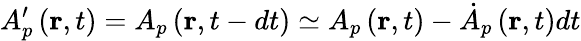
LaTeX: A_{p}^{\prime}\left(\mathbf{r},t\right)=A_{p}\left(\mathbf{r},t-dt\right)\simeq A_{p}\left(\mathbf{r},t\right)-\dot{A}{}_{p}\left(\mathbf{r},t\right)dt